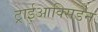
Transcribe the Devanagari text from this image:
ट्राईआक्सिडेन